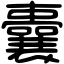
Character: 囊